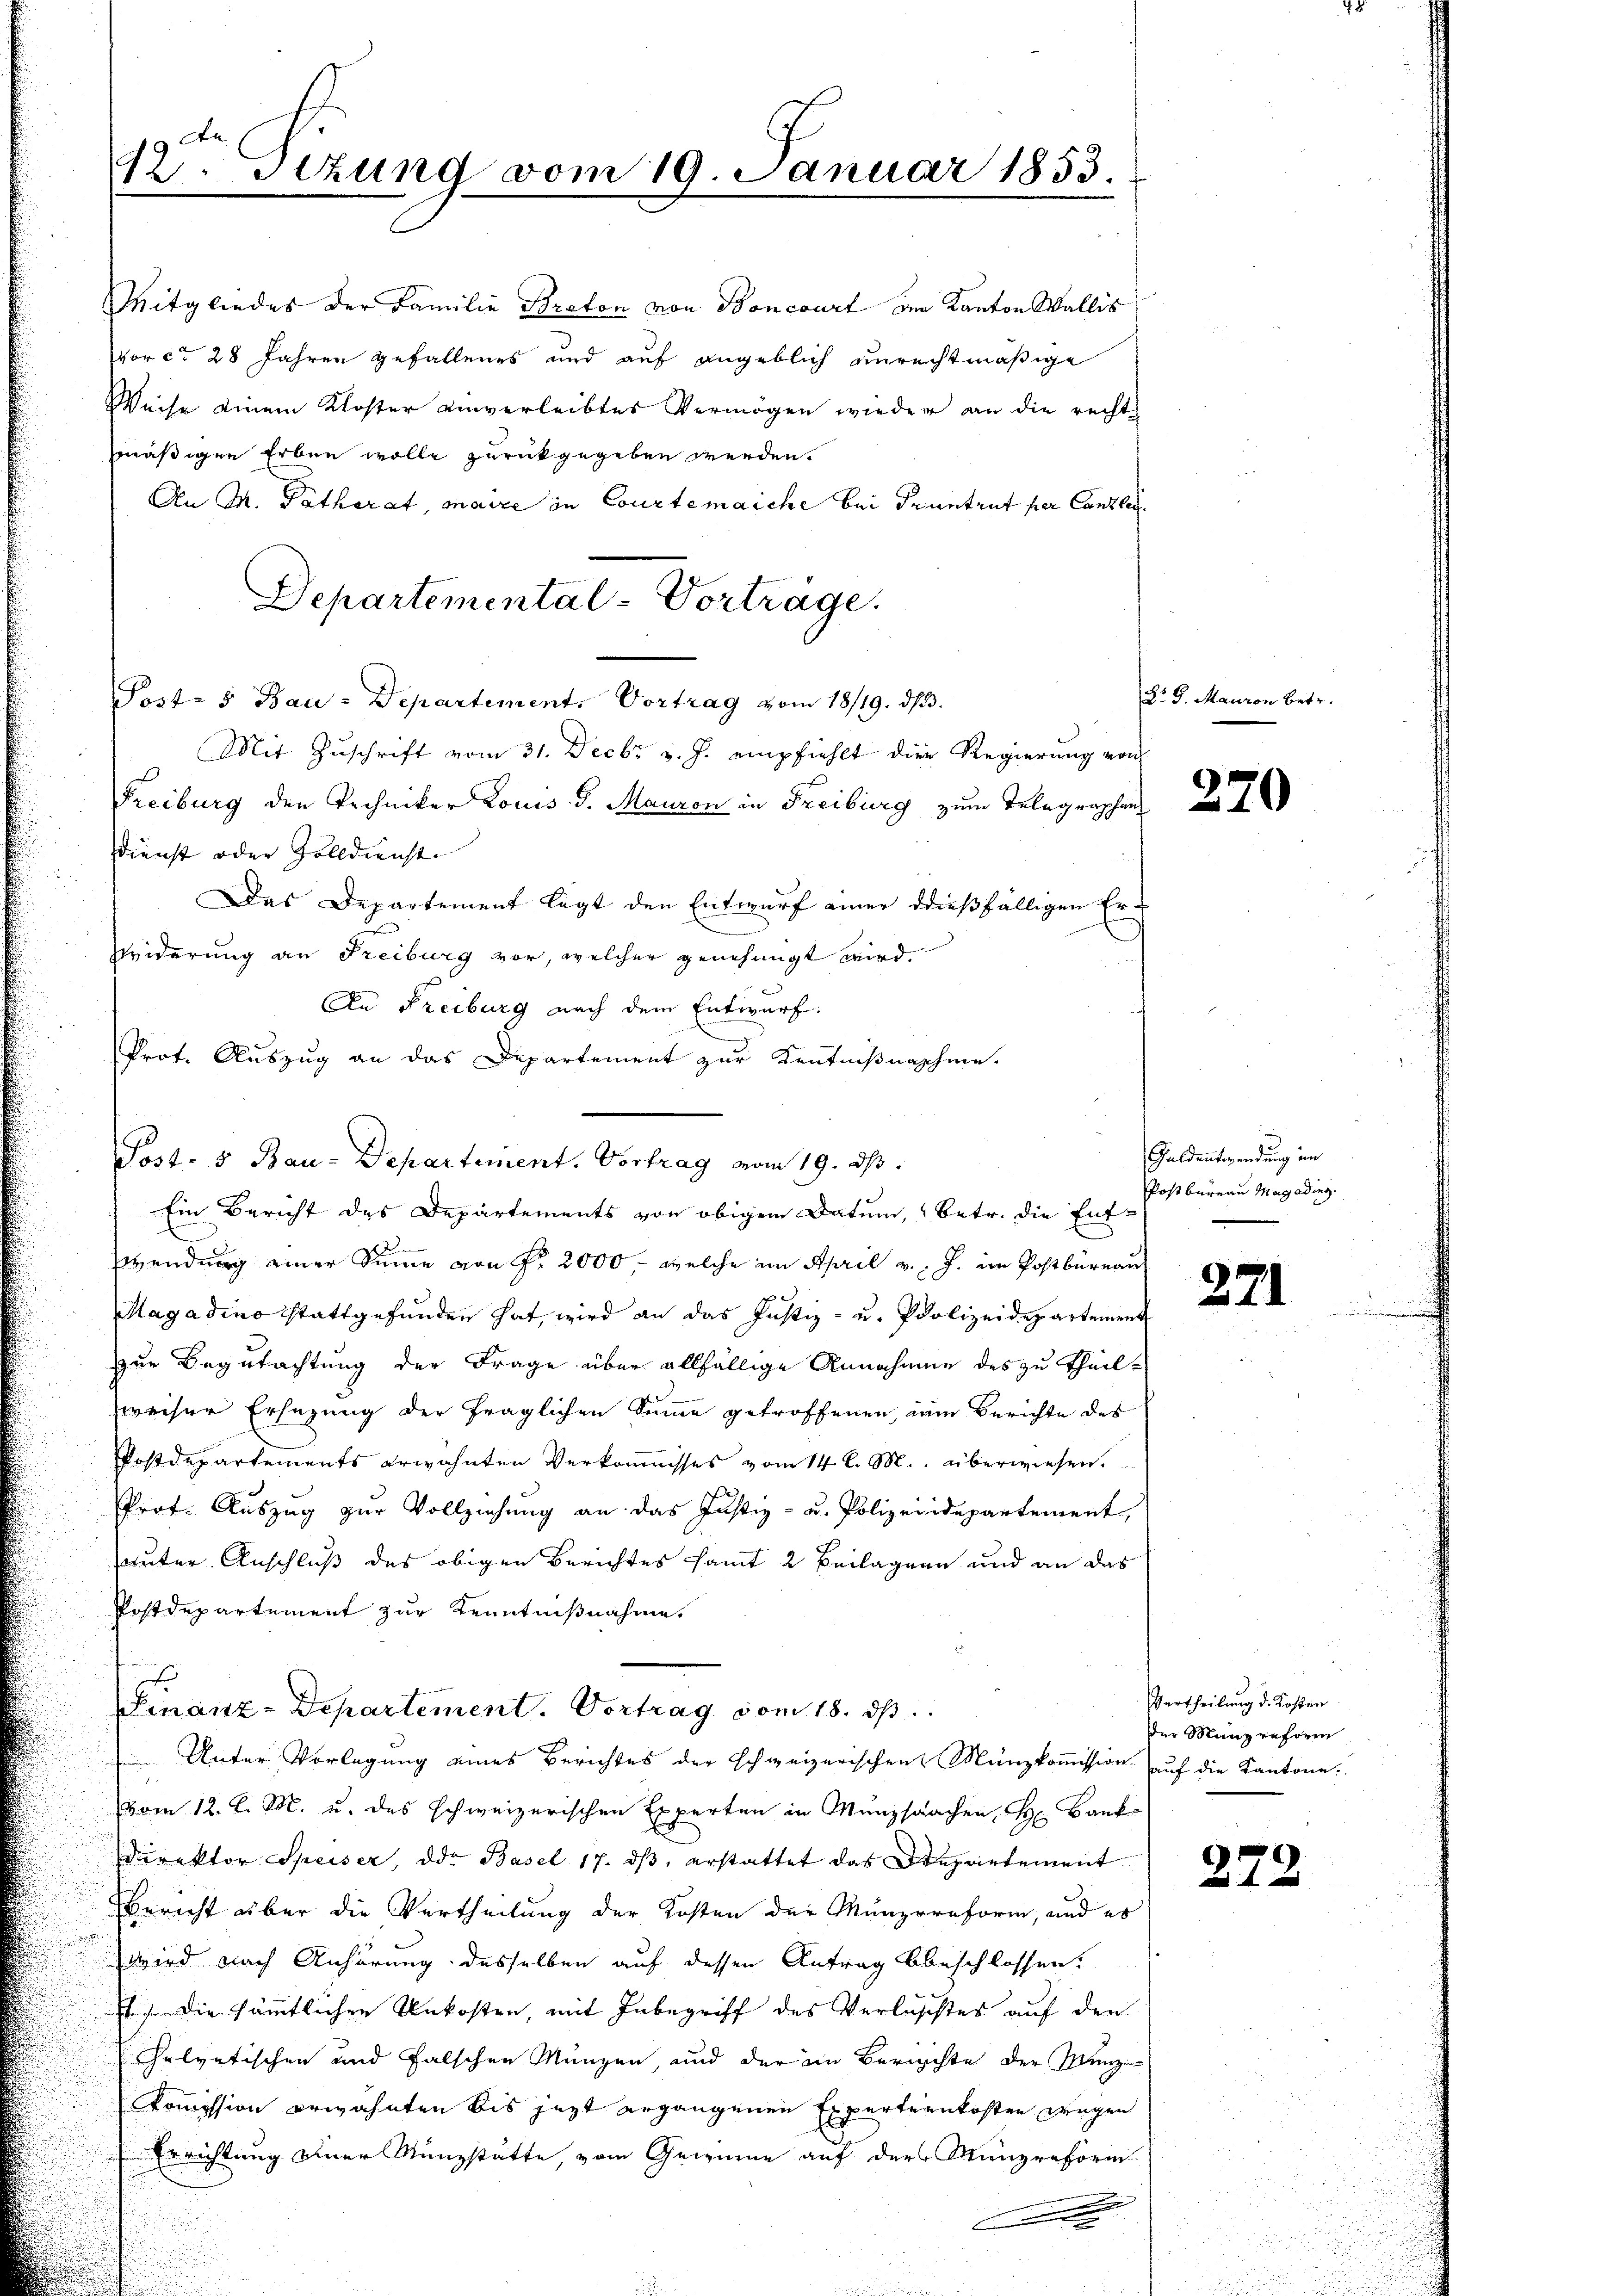
12. Setzung vom 19. Januar 1853.

Mitgliedes der Familie Braton von Boncourt der Kanton Wallis
vor ca 28 Jahren gefallenes und auf angeblich unrechtmäßige
Weise einem Kloster unverleibtes Vermögen wieder an die recht
mäßigen Erben wolle zurückgegeben werden.
An M. Pathorat, maire in Courtenaiche bei druntrut per Canzlei
Post- & Bau-Departement. Vortrag vom 18/19. dβ.
Mit Zuschrift vom 31. Decbr v. J. empfiehlt die Regierung von
Freiburg den Techniker Louis d. Mauron in Freiburg zum Telegraphen
dienst oder Zolldienst
Das Departement legt den Entwurf einer dießfälligen Er¬
Widerung an Freiburg vor, welcher genehmigt wird.
An Freiburg nach dem Entwurf.
Prof. Auszug an das Departement zur Kenntnißnahme.
Ein Bericht des Departements von obigem Datum, betr. die Entwendung einer Sinne von Fr. 2000, welche im April v. J. im Postbüreau
Magadino stattgefunden hat, wird an das Justiz- u. Polizeidepartement
zur Begutachtung der Frage über allfällige Annahmen des zu theilzweiser Ersezung der fraglichen Summe getroffenen, im Berichte des
Postdepartements erwähnten Verkommisses vom 14. l. M. überwiesen.
Prof. Auszug zur Vollziehung an das Justiz- u. Polizeiidepartement,
guter Anschluß des obigen Berichtes samt 2 Beilagen und an das
Postdepartement zur Kenntnißnahme
Finanz-Departement. Vortrag vom 18. ds.
Unter Vorlegung eines Berichtes der schweizerischen Münzkommission auf die Kantone.
vom 12. l. M. u. des schweizerischen Experten in Münzsachen, H. Bank
Direktor Speiser, der Basel 17. ds, erstattet das Departement
Bericht über die Vertheilung der Kosten der Münzreform, und es

wird nach Anhörung desselben auf dessen Antrag bbeschlossen.
sehe die sämmtlichen Unkosten, mit Inbegriff des Verluschtes auf den
elvetischen und falschen Münzen, und der in Berichte der Manz
Kommission erwähnten bis jezt ergangenen Experternkosten wegen
Errichtung einer Münzstätte vom Gemeine auf der Münzreform
.

Post- 5 Bau-Departement. Vortrag vom 19. ds.

Departemental-Vortrage.

Dr. G. Mauron betr.

270

Guldentwendung im
Postbureau Magading.

271

Vertheilung d. Kosten
der Manz reform

272